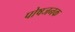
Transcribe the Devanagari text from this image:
पोषजनक